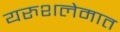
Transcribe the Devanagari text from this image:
यरुशलेमात